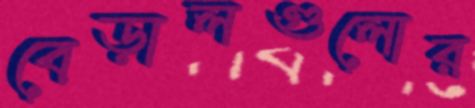
বেড়ালগুলোর